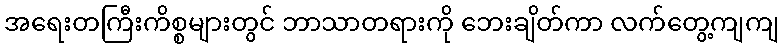
အရေးတကြီးကိစ္စများတွင် ဘာသာတရားကို ဘေးချိတ်ကာ လက်တွေ့ကျကျ